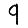
Digit: 9